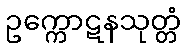
ဥက္ကောဋနသုတ္တံ